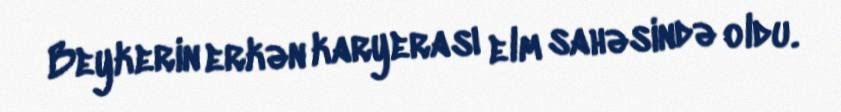
Beykerin erkən karyerası elm sahəsində oldu.